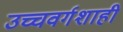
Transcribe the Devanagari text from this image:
उच्चवर्गशाही